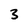
Character: 3